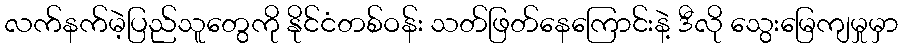
လက်နက်မဲ့ပြည်သူတွေကို နိုင်ငံတစ်ဝန်း သတ်ဖြတ်နေကြောင်းနဲ့ ဒီလို သွေးမြေကျမှုမှာ